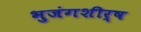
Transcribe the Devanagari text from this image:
भुजंगशीर्ष